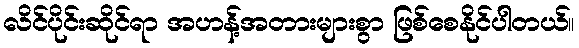
လိင်ပိုင်းဆိုင်ရာ အဟန့်အတားများစွာ ဖြစ်စေနိုင်ပါတယ်။